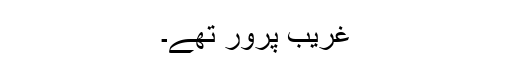
غریب پرور تھے۔